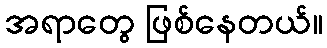
အရာတွေ ဖြစ်နေတယ်။